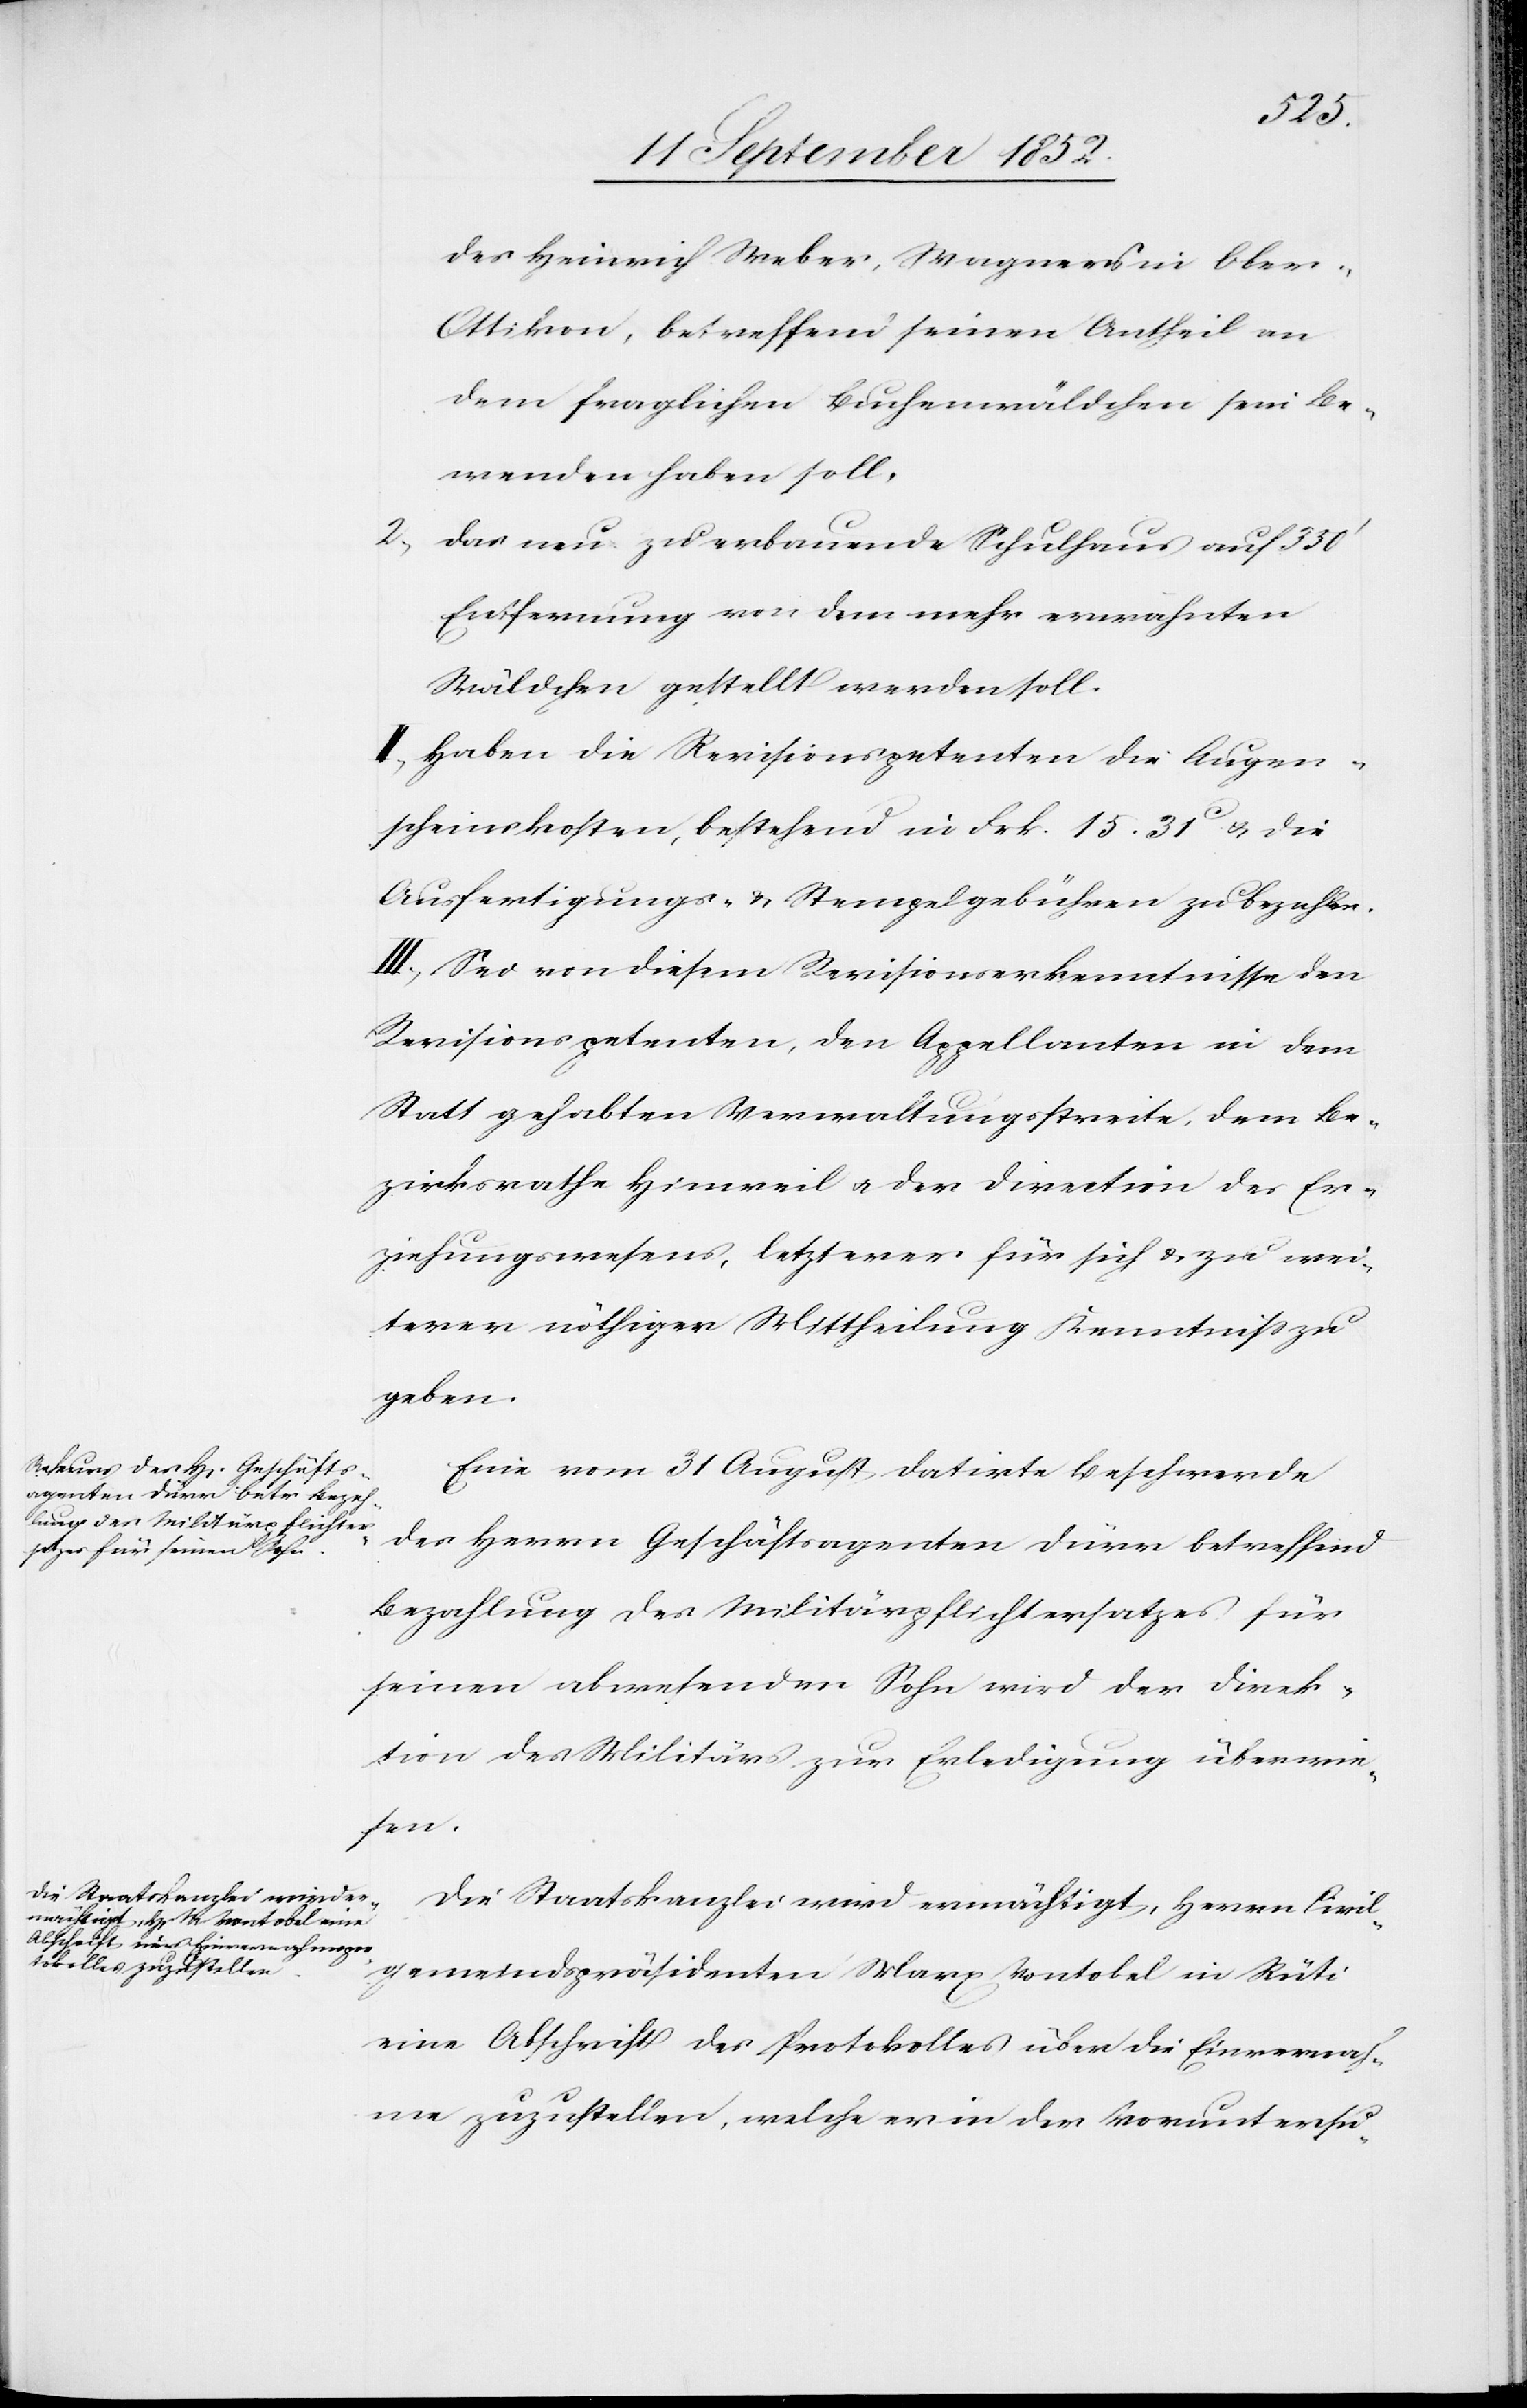
des Heinrich Weber, Wagners in Ober-O¬
ttikon, betreffend seinen Antheil an
dem fraglichen Buchenwäldchen sein Be¬
wenden haben soll,
das neu zu erbauende Schulhaus auf 350‘
Entfernung von dem mehr erwähnten
Wäldchen gestellt werden soll.
II, Haben die Revisionspetenten die Augen¬
scheinskosten, bestehend in Frk. 15. 31C & die
Ausfertigungs- & Stempelgebühren zu bezahlen.
III, Sei von diesem Revisionserkenntnisse den
Revisionspetenten, den Appellanten in dem
Statt gehabten Verwaltungsstreite, dem Be¬
zirksrathe Hinweil & der Direction des Er¬
ziehungswesens, letzterer für sich & zu wei¬
terer nöthiger Mittheilung Kenntniss zu
geben.
Eine vom 31 August datirte Beschwerde
des Herrn Geschäftsagenten Dürr betreffend
Bezahlung des Militärpflichtersatzes für
seinen abwesenden Sohn wird der Direk¬
tion des Militärs zur Erledigung überwie¬
sen.
Die Staatskanzlei wird ermächtigt, Herrn Civil¬
gemeindspräsidenten Marx Vontobel in Rüti
eine Abschrift des Protokolles über die Einvernah¬
me zuzustellen, welche er in der Voruntersu-